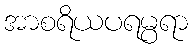
အာစရိယပရမ္ပရာ